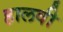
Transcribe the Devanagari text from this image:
हालवी